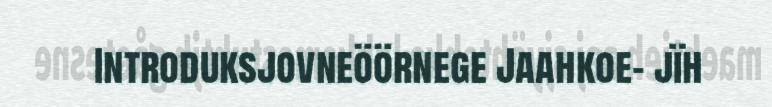
Introduksjovneöörnege Jaahkoe- jïh